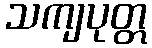
သကျပုတ္တ